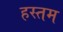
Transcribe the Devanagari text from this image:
हस्तम